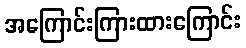
အကြောင်းကြားထားကြောင်း